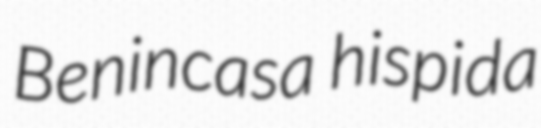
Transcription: Benincasa hispida